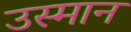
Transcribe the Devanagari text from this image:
उस्‍मान